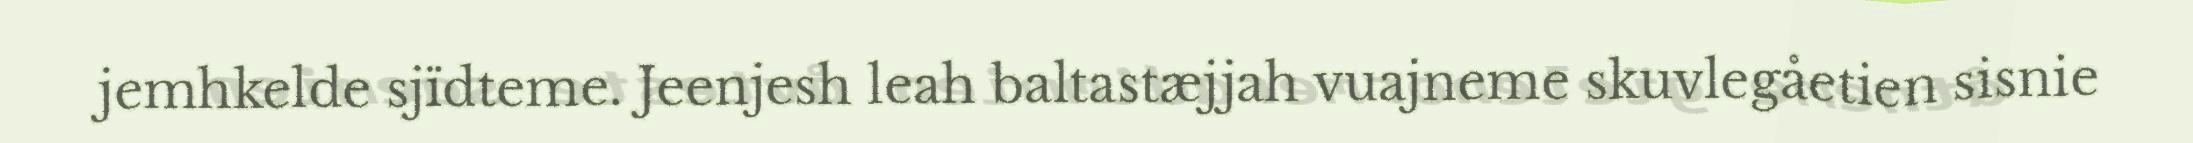
jemhkelde sjïdteme. Jeenjesh leah baltastæjjah vuajneme skuvlegåetien sisnie